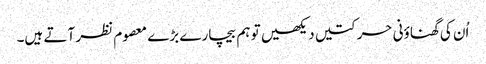
اُن کی گھناؤنی حرکتیں دیکھیں تو ہم بیچارے بڑے معصوم نظر آتے ہیں۔